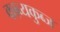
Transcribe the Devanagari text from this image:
काव्यकुब्ज